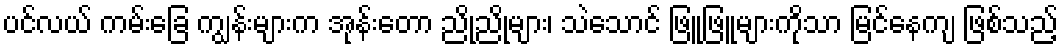
ပင်လယ် ကမ်းခြေ ကျွန်းများက အုန်းတော ညိုညိုများ၊ သဲသောင် ဖြူဖြူများကိုသာ မြင်နေကျ ဖြစ်သည့်